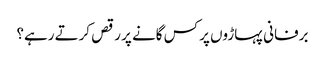
برفانی پہاڑوں پر کس گانے پر رقص کرتے رہے؟